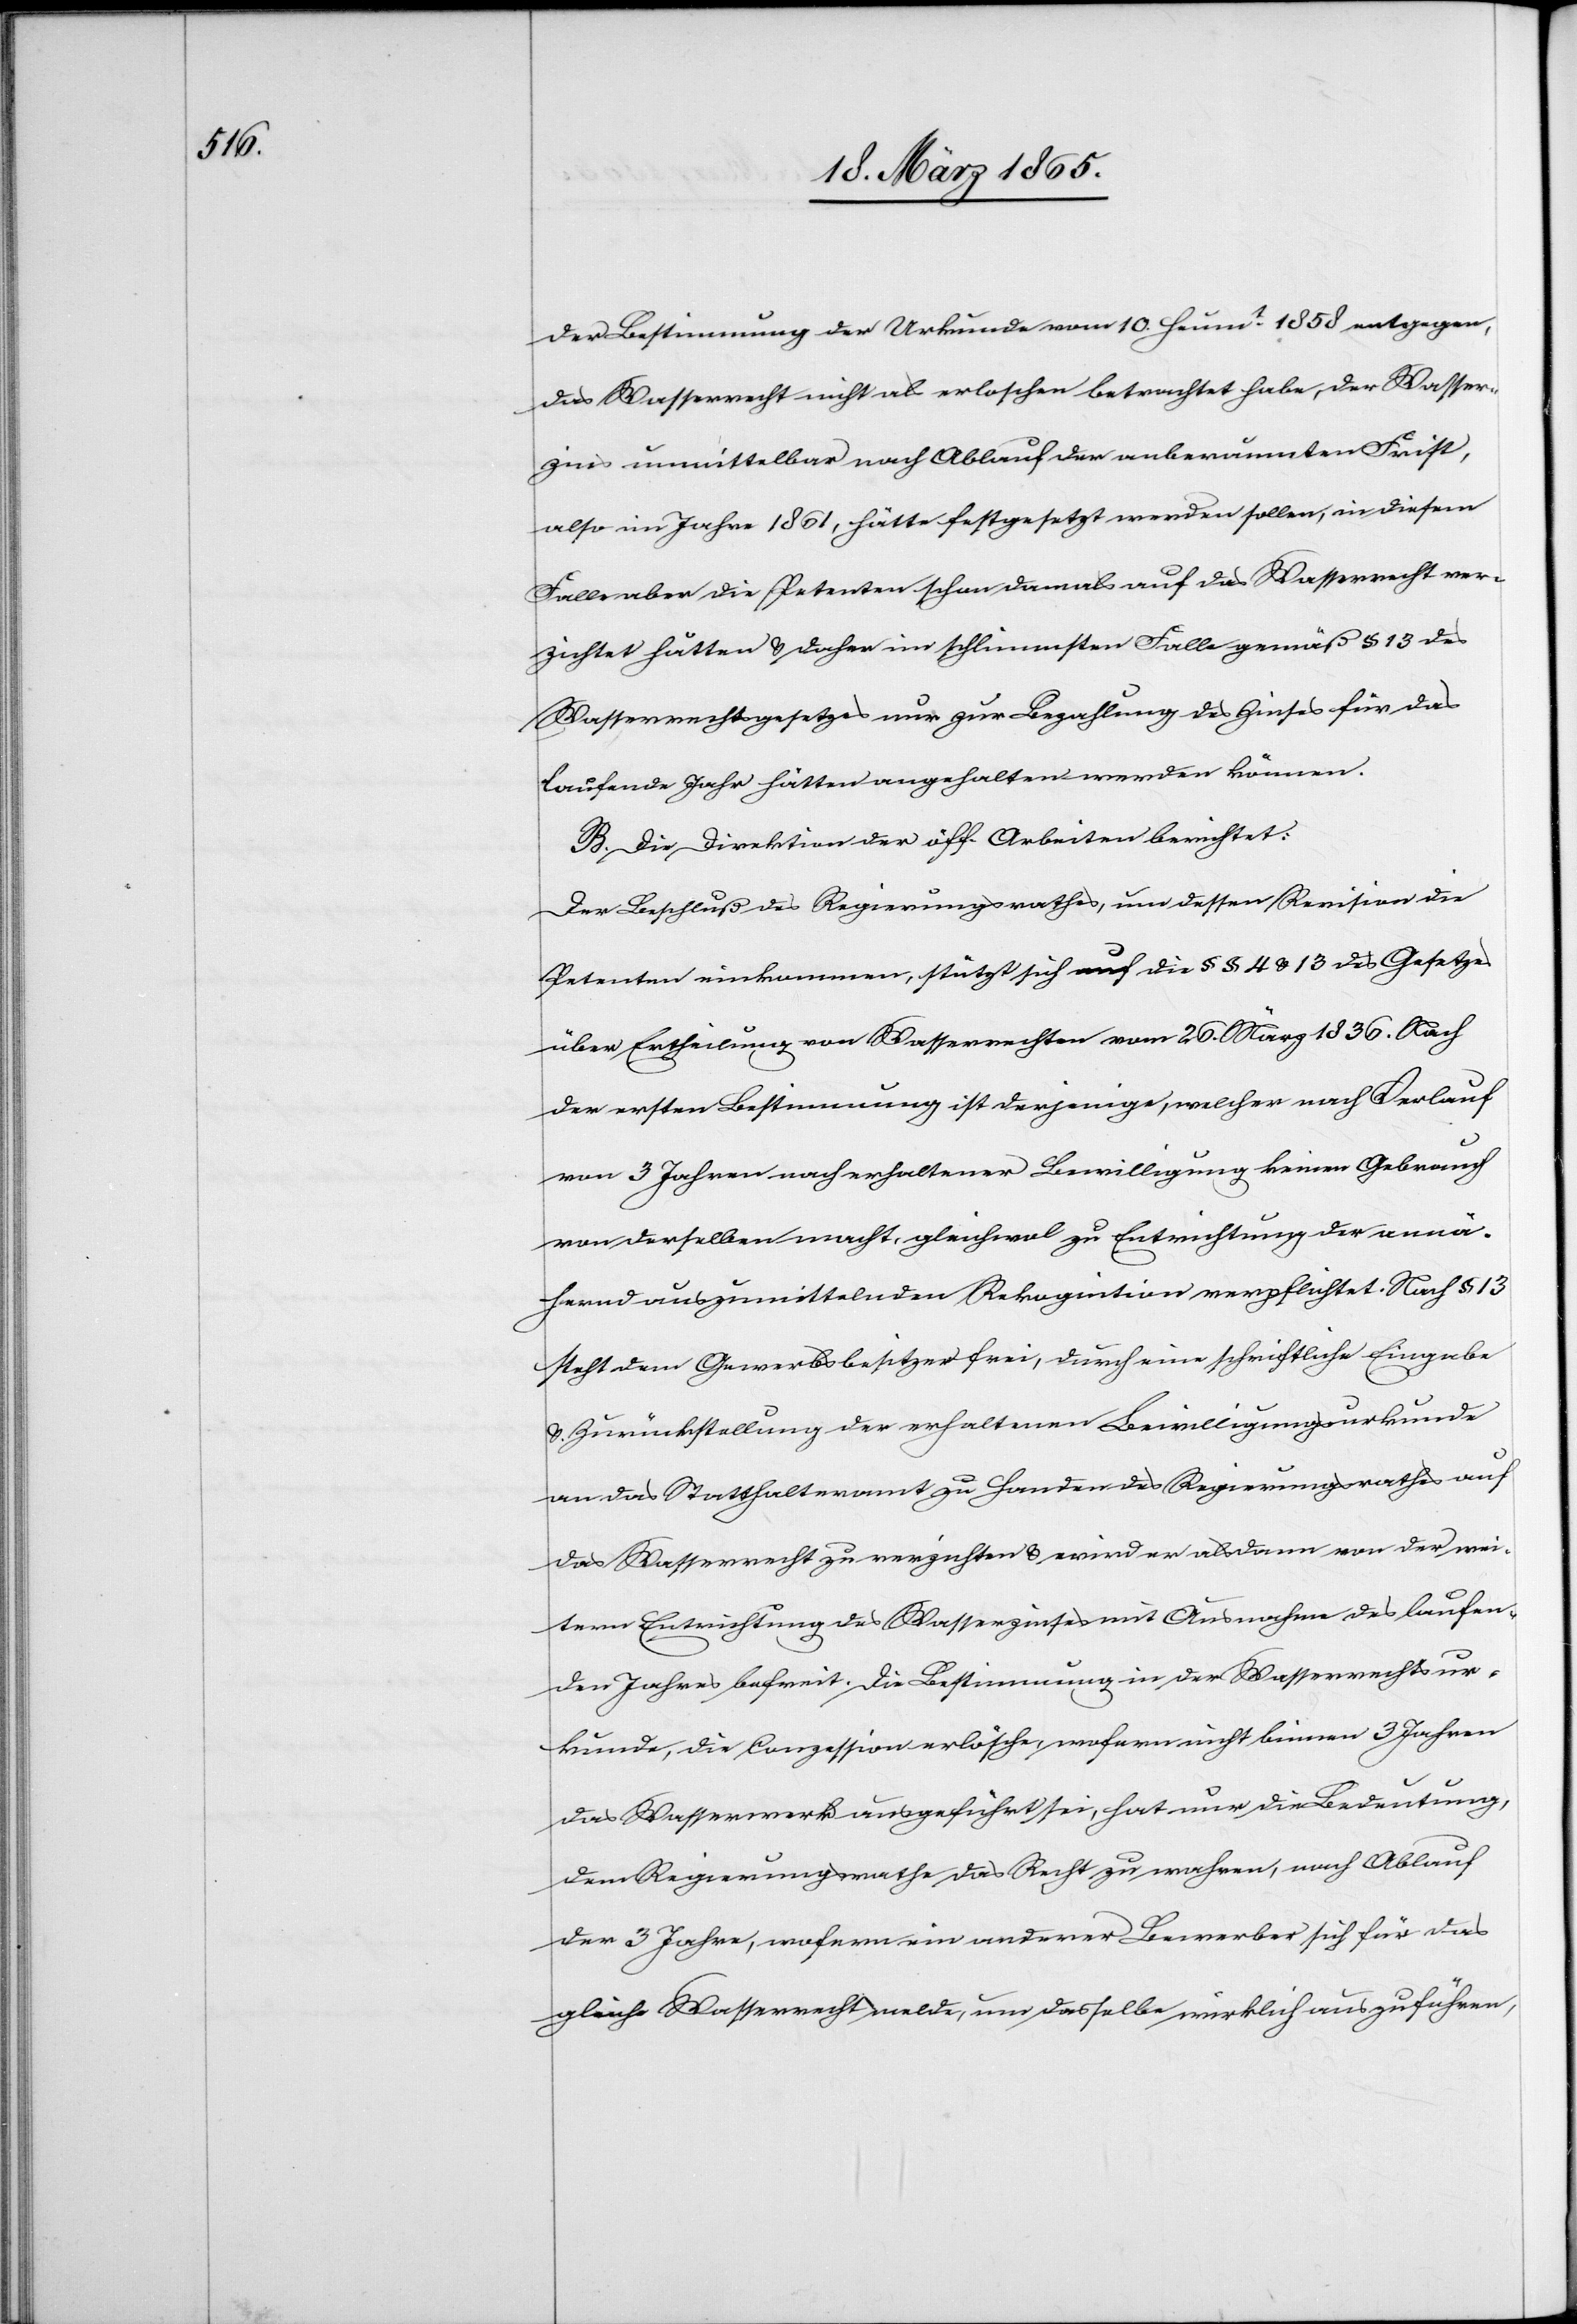
der Bestimmung der Urkunde vom 10. Heumt 1858 entgegen,
das Wasserrecht nicht als erloschen betrachtet habe, der Wasser¬
zins unmittelbar nach Ablauf der anberaumten Frist,
also im Jahre 1861, hätte festgesetzt werden sollen, in diesem
Falle aber die Petenten schon damals auf das Wasserrecht ver¬
zichtet hätten & daher im schlimmsten Falle gemäß § 13 des
Wasserrechtsgesetzes nur zur Bezahlung des Zinses für das
laufende Jahr hätten angehalten werden können.
B. Die Direktion der öff. Arbeiten berichtet:
Der Beschluß des Regierungsrathes, um dessen Revision die
Petenten einkommen, stützt sich auf die § § 4 & 13 des Gesetzes
über Ertheilung von Wasserrechten vom 26. März 1836. Nach
der ersten Bestimmung ist derjenige, welcher nach Verlauf
von 3 Jahren nach erhaltener Bewilligung keinen Gebrauch
von derselben macht, gleichwol zu Entrichtung der annä¬
hernd auszumittelnden Rekognition verpflichtet. Nach § 13
steht dem Gewerbsbesitzer frei, durch eine schriftliche Eingabe
& Zurückstellung der erhaltenen Bewilligungsurkunde
an das Statthalteramt zu Handen des Regierungsrathes auf
das Wasserrecht zu verzichten & wird er alsdann von der wei¬
tern Entrichtung des Wasserzinses mit Ausnahme des laufen¬
den Jahres befreit. Die Bestimmung in der Wasserrechtsur¬
kunde, die Conzession erlösche, wofern nicht binnen 3 Jahren
das Wasserwerk ausgeführt sei, hat nur die Bedeutung,
dem Regierungsrathe das Recht zu wahren, nach Ablauf
der 3 Jahre, wofern ein anderer Bewerber sich für das
gleiche Wasserrecht melde, um dasselbe wirklich auszuführen